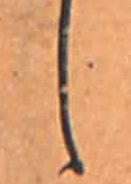
し